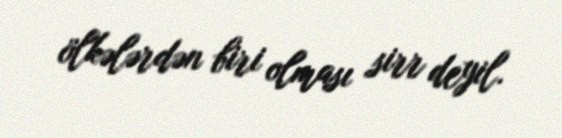
ölkələrdən biri olması sirr deyil.